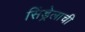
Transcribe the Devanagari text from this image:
सिंड्रेलाची